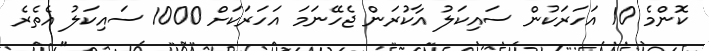
ކޮންމެ 10 އަހަރަކުން ސައިކަލު އާކުރަން ޖެހޭނަމަ އަހަރަކަށް 1000 ސައިކަލު އެތެރެ